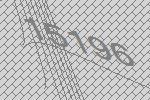
15196